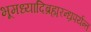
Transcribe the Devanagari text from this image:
भूमध्यादिब्रह्मरन्ध्रपर्यन्त